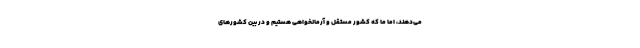
می‌دهند، اما ما که کشور مستقل و آرمانخواهی هستیم و در بین کشورهای